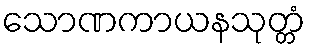
သောဏကာယနသုတ္တံ